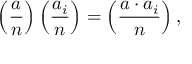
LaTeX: \left( { \frac { a } { n } } \right) \left( { \frac { a _ { i } } { n } } \right) = \left( { \frac { a \cdot a _ { i } } { n } } \right) ,